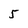
Character: 5